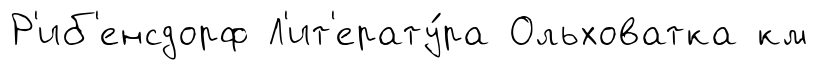
Р'иб'енсдорф Л'ит'ерату́ра Ольховатка км